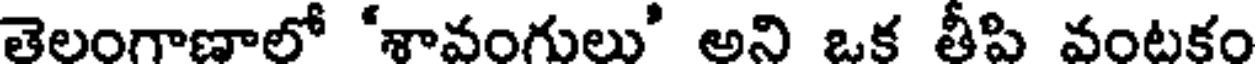
తెలంగాణాలో 'శావంగులు' అని ఒక తీపి వంటకం